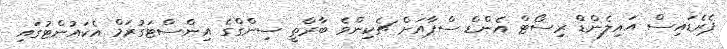
ޕެރެޑައިސް އައިލެންޑް ރިސޯޓް އެންޑް ސްޕާއަށް ޗެކިންވެ ބާރްތީ ސިންގްގެ އިންސްޓަގުރަމް އެކައުންޓުގައި